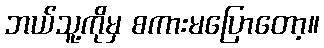
ဘယ်သူ့ကိုမှ စကားမပြောတော့။